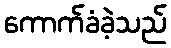
ကောက်ခံခဲ့သည်